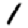
Digit: 1